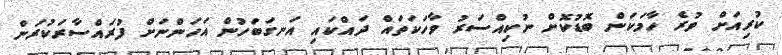
ކުރިއަށް ވުރެ ހާމަކަން ބޮޑުކޮށް ނުކިއްސަރު ވާހަކަތައް ދައްކައި އަނގަބަހުން އަހަންނަށް ފުރައްސާރަކުރަން